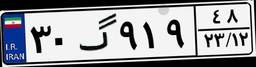
۵۹گ۹۹۷۸۳